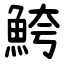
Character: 鮬